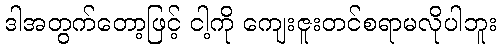
ဒါအတွက်တော့ဖြင့် ငါ့ကို ကျေးဇူးတင်စရာမလိုပါဘူး